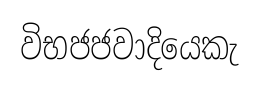
විභජජවාදියෙකැ